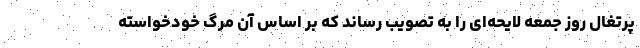
پرتغال روز جمعه لایحه‌ای را به تصویب رساند که بر اساس آن مرگ خودخواسته